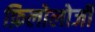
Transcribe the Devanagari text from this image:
फ़िलोलोजी